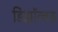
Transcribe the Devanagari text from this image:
डिझॉल्वड